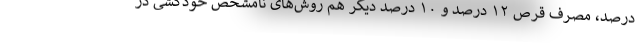
درصد، مصرف قرص ۱۲ درصد و ۱۰ درصد دیگر هم روش‌های نامشخص خودکشی در